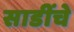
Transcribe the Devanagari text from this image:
साडींचे